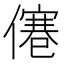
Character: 𠎾